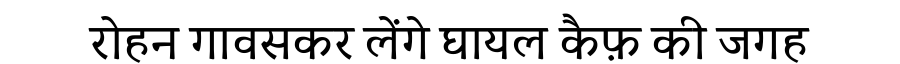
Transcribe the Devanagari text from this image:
रोहन गावसकर लेंगे घायल कैफ़ की जगह